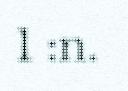
1 :n.